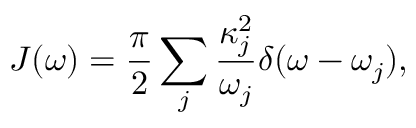
J ( \omega ) = \frac { \pi } { 2 } \sum _ { j } \frac { \kappa _ { j } ^ { 2 } } { \omega _ { j } } \delta ( \omega - \omega _ { j } ) ,